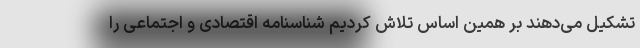
تشکیل می‌دهند بر همین اساس تلاش کردیم شناسنامه اقتصادی و اجتماعی را